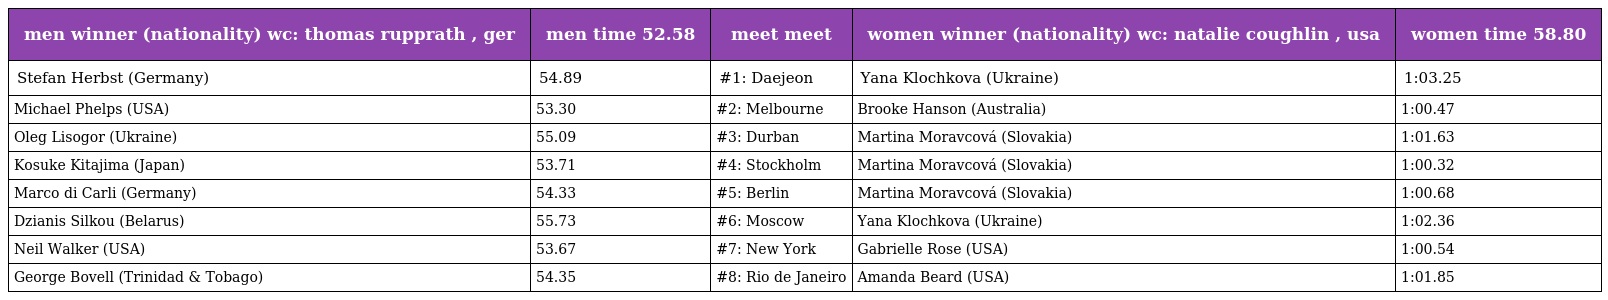
| men winner (nationality) wc: thomas rupprath , ger | men time 52.58 | meet meet | women winner (nationality) wc: natalie coughlin , usa | women time 58.80 |
 | --- | --- | --- | --- | --- |
 | Stefan Herbst (Germany) | 54.89 | #1: Daejeon | Yana Klochkova (Ukraine) | 1:03.25 |
 | Michael Phelps (USA) | 53.30 | #2: Melbourne | Brooke Hanson (Australia) | 1:00.47 |
 | Oleg Lisogor (Ukraine) | 55.09 | #3: Durban | Martina Moravcová (Slovakia) | 1:01.63 |
 | Kosuke Kitajima (Japan) | 53.71 | #4: Stockholm | Martina Moravcová (Slovakia) | 1:00.32 |
 | Marco di Carli (Germany) | 54.33 | #5: Berlin | Martina Moravcová (Slovakia) | 1:00.68 |
 | Dzianis Silkou (Belarus) | 55.73 | #6: Moscow | Yana Klochkova (Ukraine) | 1:02.36 |
 | Neil Walker (USA) | 53.67 | #7: New York | Gabrielle Rose (USA) | 1:00.54 |
 | George Bovell (Trinidad & Tobago) | 54.35 | #8: Rio de Janeiro | Amanda Beard (USA) | 1:01.85 |